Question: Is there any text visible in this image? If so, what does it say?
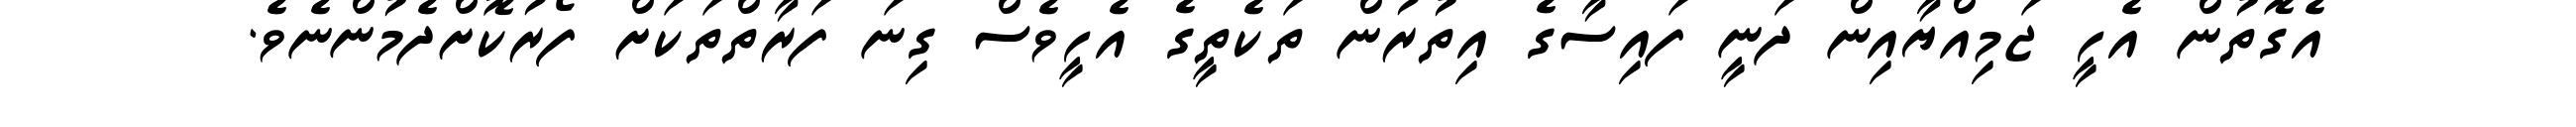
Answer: އެގޮތުން އެހީ ޖަމިއްޔާއިން ދަނީ ފައިސާގެ އިތުރުން ތަކެތީގެ އެހީވެސް ގިނަ ފަރާތްތަކަށް ފޯރުކޮށްދެމުންނެވެ.